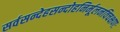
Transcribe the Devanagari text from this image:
सर्वसन्देहसन्दोहनिर्मूलनविचक्षणः